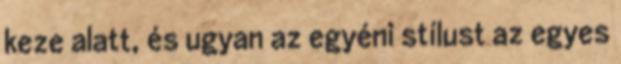
keze alatt, és ugyan az egyéni stílust az egyes